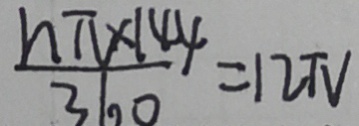
\frac { n \pi \times 1 4 4 } { 3 6 0 } = 1 2 \pi